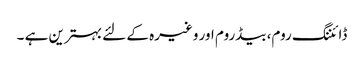
ڈائننگ روم، بیڈروم اور وغیرہ کے لئے بہترین ہے ۔